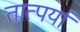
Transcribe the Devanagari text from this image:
तात्पर्या